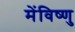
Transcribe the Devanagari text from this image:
मेंविष्णु